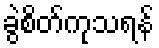
ခွဲစိတ်ကုသရန်